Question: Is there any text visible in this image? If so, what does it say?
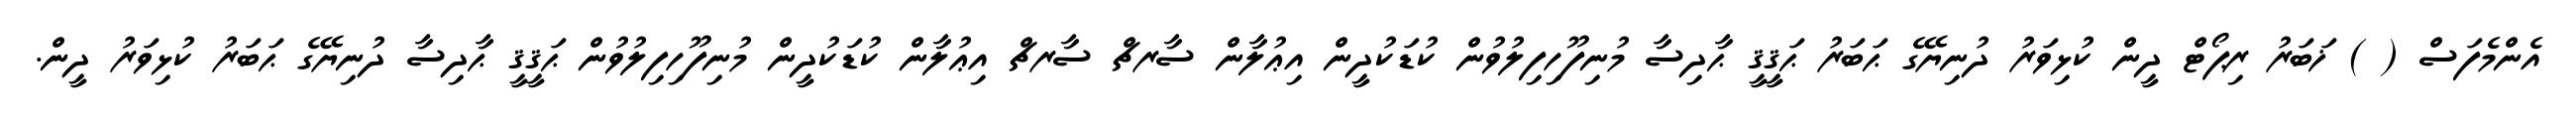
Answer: އެންމެފަސް ( ) ޚަބަރު ރިޕޯޓް ދީން ކުޅިވަރު ދުނިޔޭގެ ޙަބަރު ޙަޤީޤީ ޙާދިސާ މުނިފޫހިފިލުވުން ކުޑަކުދީން އިޢުލާން ސާރޗް ސާރޗް އިޢުލާން ކުޑަކުދީން މުނިފޫހިފިލުވުން ޙަޤީޤީ ޙާދިސާ ދުނިޔޭގެ ޙަބަރު ކުޅިވަރު ދީން.